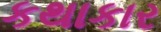
કથાકાર